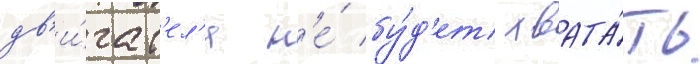
дв'и́гат'ел'я н'е́ бу́д'ет хвата́ть